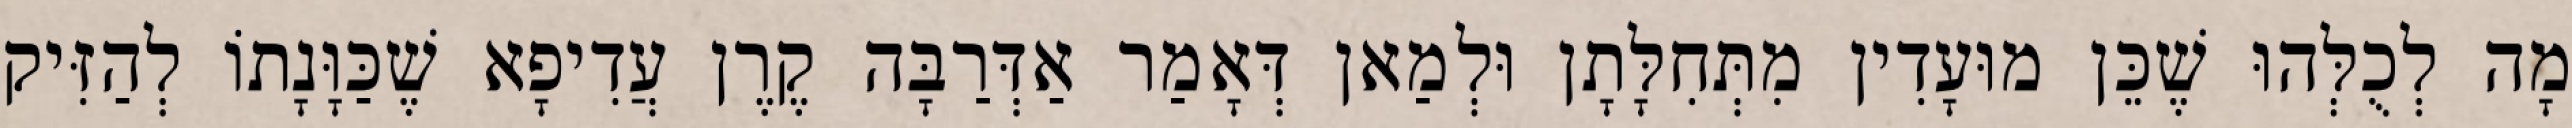
מָה לְכֻלְּהוּ שֶׁכֵּן מוּעָדִין מִתְּחִלָּתָן וּלְמַאן דְּאָמַר אַדְּרַבָּה קֶרֶן עֲדִיפָא שֶׁכַּוָּנָתוֹ לְהַזִּיק